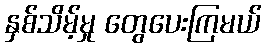
နှစ်သိမ့်မှု တွေပေးကြမယ်